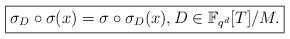
LaTeX: \begin{align*} \boxed{\sigma_D \circ \sigma(x)=\sigma \circ\sigma_D(x), D\in \mathbb{F}_{q^d}[T]/M.}\end{align*}